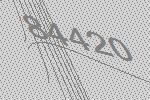
84420